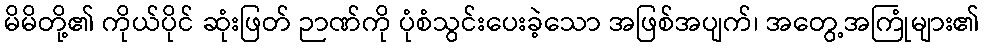
မိမိတို့၏ ကိုယ်ပိုင် ဆုံးဖြတ် ဉာဏ်ကို ပုံစံသွင်းပေးခဲ့သော အဖြစ်အပျက်၊ အတွေ့အကြုံများ၏